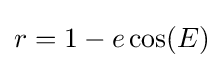
{\textstyle r=1-e\cos(E)}